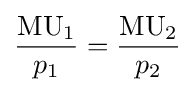
{\frac {{\text{MU}}_{1}}{p_{1}}}={\frac {{\text{MU}}_{2}}{p_{2}}}